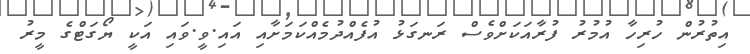
އިތުރުން ހުރިހާ އުމުރު ފުރާއަކަށްވެސް ރަނގަޅު އުފެއްދުމެއްކަމަށާއި އައި.ވީ.ވައި އަކީ ޔޯގަޓްގެ މީރު